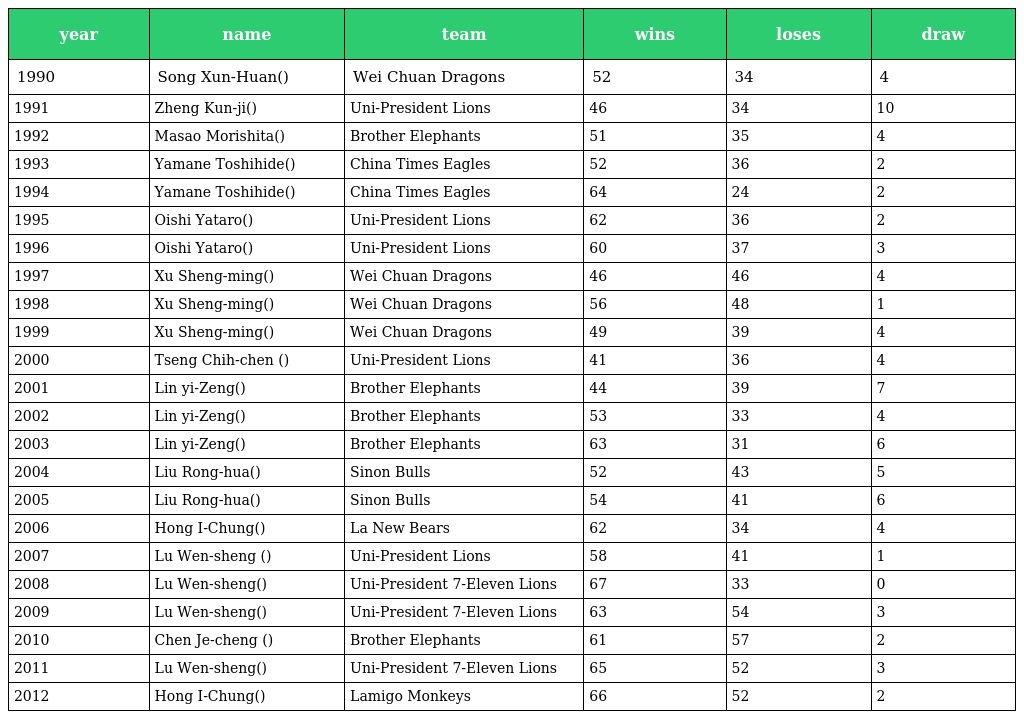
| year | name | team | wins | loses | draw |
 | --- | --- | --- | --- | --- | --- |
 | 1990 | Song Xun-Huan(宋寇勳) | Wei Chuan Dragons | 52 | 34 | 4 |
 | 1991 | Zheng Kun-ji(鄭昆吉) | Uni-President Lions | 46 | 34 | 10 |
 | 1992 | Masao Morishita(森下正夫) | Brother Elephants | 51 | 35 | 4 |
 | 1993 | Yamane Toshihide(山根俊英) | China Times Eagles | 52 | 36 | 2 |
 | 1994 | Yamane Toshihide(山根俊英) | China Times Eagles | 64 | 24 | 2 |
 | 1995 | Oishi Yataro(大石彌太郎) | Uni-President Lions | 62 | 36 | 2 |
 | 1996 | Oishi Yataro(大石彌太郞) | Uni-President Lions | 60 | 37 | 3 |
 | 1997 | Xu Sheng-ming(徐生明) | Wei Chuan Dragons | 46 | 46 | 4 |
 | 1998 | Xu Sheng-ming(徐生明) | Wei Chuan Dragons | 56 | 48 | 1 |
 | 1999 | Xu Sheng-ming(徐生明) | Wei Chuan Dragons | 49 | 39 | 4 |
 | 2000 | Tseng Chih-chen (曾智偵) | Uni-President Lions | 41 | 36 | 4 |
 | 2001 | Lin yi-Zeng(林易增) | Brother Elephants | 44 | 39 | 7 |
 | 2002 | Lin yi-Zeng(林易增) | Brother Elephants | 53 | 33 | 4 |
 | 2003 | Lin yi-Zeng(林易增) | Brother Elephants | 63 | 31 | 6 |
 | 2004 | Liu Rong-hua(劉榮華) | Sinon Bulls | 52 | 43 | 5 |
 | 2005 | Liu Rong-hua(劉榮華) | Sinon Bulls | 54 | 41 | 6 |
 | 2006 | Hong I-Chung(洪一中) | La New Bears | 62 | 34 | 4 |
 | 2007 | Lu Wen-sheng (呂文生) | Uni-President Lions | 58 | 41 | 1 |
 | 2008 | Lu Wen-sheng(呂文生) | Uni-President 7-Eleven Lions | 67 | 33 | 0 |
 | 2009 | Lu Wen-sheng(呂文生) | Uni-President 7-Eleven Lions | 63 | 54 | 3 |
 | 2010 | Chen Je-cheng (陳瑞振) | Brother Elephants | 61 | 57 | 2 |
 | 2011 | Lu Wen-sheng(呂文生) | Uni-President 7-Eleven Lions | 65 | 52 | 3 |
 | 2012 | Hong I-Chung(洪一中) | Lamigo Monkeys | 66 | 52 | 2 |